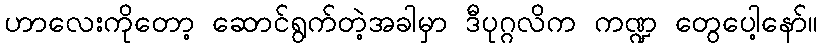
ဟာလေးကိုတော့ ဆောင်ရွက်တဲ့အခါမှာ ဒီပုဂ္ဂလိက ကဏ္ဍ တွေပေါ့နော်။